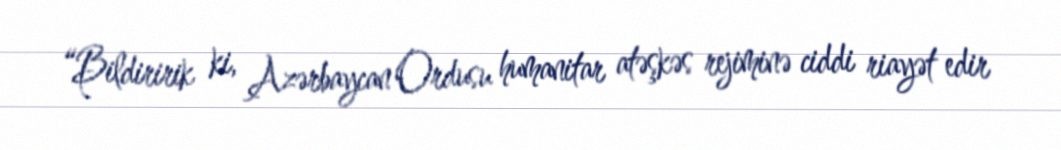
“Bildiririk ki, Azərbaycan Ordusu humanitar atəşkəs rejiminə ciddi riayət edir